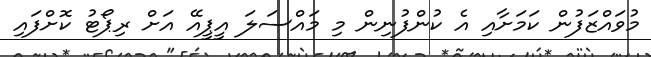
މުވައްޒަފުން ކަމަށާއި އެ ކުންފުނިން މި މައްސަލަ އީޕީއޭ އަށް ރިޕޯޓު ކޮށްފައި